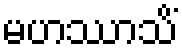
မဟဿာသိံ